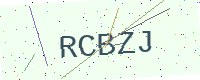
Text: RCBZJ